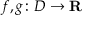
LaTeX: f , g \colon D \rightarrow \mathbf { R }